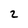
Character: 2